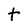
Character: t